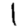
Digit: 1